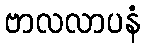
ဗာလလာပနံ